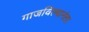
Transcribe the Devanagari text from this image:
गाजविल्यानंतर